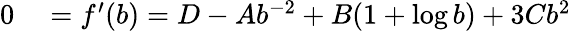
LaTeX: \begin{array}{rl}{0}&{{}=f^{\prime}(b)=D-Ab^{-2}+B(1+\log b)+3Cb^{2}}\end{array}